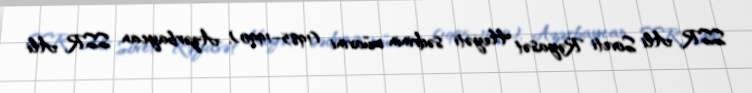
SSR Ali Soveti Rəyasət Heyəti sədrinin müavini (1985–1990), Azərbaycan SSR Ali